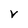
Character: v